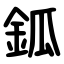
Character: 鈲